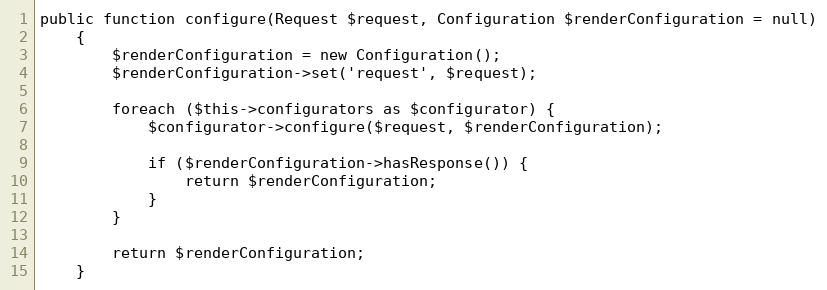
Language: PHP
public function configure(Request $request, Configuration $renderConfiguration = null)
    {
        $renderConfiguration = new Configuration();
        $renderConfiguration->set('request', $request);

        foreach ($this->configurators as $configurator) {
            $configurator->configure($request, $renderConfiguration);

            if ($renderConfiguration->hasResponse()) {
                return $renderConfiguration;
            }
        }

        return $renderConfiguration;
    }